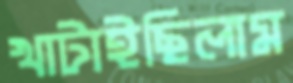
খাটাইছিলাম